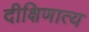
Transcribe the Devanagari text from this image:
दीक्षिणात्य